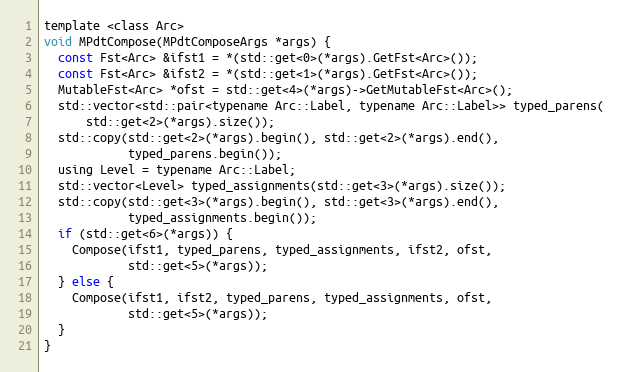
Language: C
template <class Arc>
void MPdtCompose(MPdtComposeArgs *args) {
  const Fst<Arc> &ifst1 = *(std::get<0>(*args).GetFst<Arc>());
  const Fst<Arc> &ifst2 = *(std::get<1>(*args).GetFst<Arc>());
  MutableFst<Arc> *ofst = std::get<4>(*args)->GetMutableFst<Arc>();
  std::vector<std::pair<typename Arc::Label, typename Arc::Label>> typed_parens(
      std::get<2>(*args).size());
  std::copy(std::get<2>(*args).begin(), std::get<2>(*args).end(),
            typed_parens.begin());
  using Level = typename Arc::Label;
  std::vector<Level> typed_assignments(std::get<3>(*args).size());
  std::copy(std::get<3>(*args).begin(), std::get<3>(*args).end(),
            typed_assignments.begin());
  if (std::get<6>(*args)) {
    Compose(ifst1, typed_parens, typed_assignments, ifst2, ofst,
            std::get<5>(*args));
  } else {
    Compose(ifst1, ifst2, typed_parens, typed_assignments, ofst,
            std::get<5>(*args));
  }
}